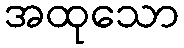
အထုသော